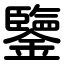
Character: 鑒